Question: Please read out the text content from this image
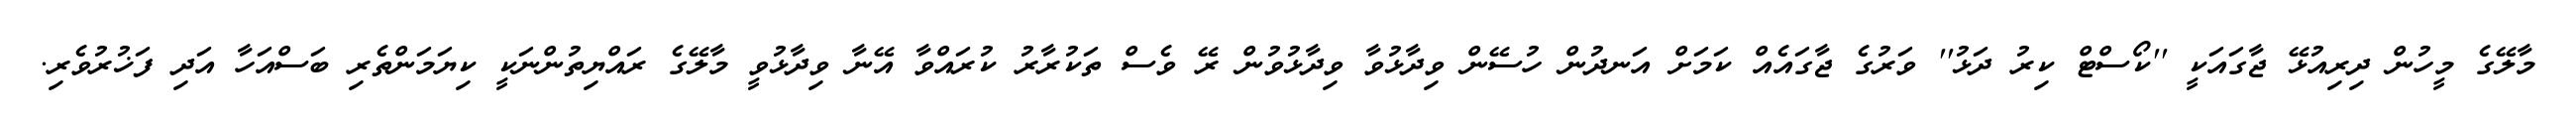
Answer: މާލޭގެ މީހުން ދިރިއުޅޭ ޖާގައަކީ ''ކޯސްޓް ކިރު ދަޅު'' ވަރުގެ ޖާގައެއް ކަމަށް އަނދުން ހުސޭން ވިދާޅުވާ ވިދާޅުވުން ރޭ ވެސް ތަކުރާރު ކުރައްވާ އޭނާ ވިދާޅުވީ މާލޭގެ ރައްޔިތުންނަކީ ކިޔަމަންތެރި ބަސްއަހާ އަދި ފަޚުރުވެރި.